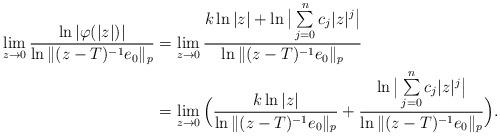
LaTeX: \begin{align*}\lim_{z\rightarrow 0}\frac{\ln|\varphi(|z|)|}{\ln\|(z-T)^{-1}e_0\|_p}&=\lim\limits_{z\rightarrow 0}\frac{k\ln|z|+\ln\big|\sum\limits_{j=0}^{n}c_j|z|^j\big|}{\ln\|(z-T)^{-1}e_0\|_p}\\&=\lim\limits_{z\rightarrow 0}\Big(\frac{k\ln|z|}{\ln\|(z-T)^{-1}e_0\|_p}+\frac{\ln\big|\sum\limits_{j=0}^{n}c_j|z|^j\big|}{\ln\|(z-T)^{-1}e_0\|_p}\Big).\end{align*}